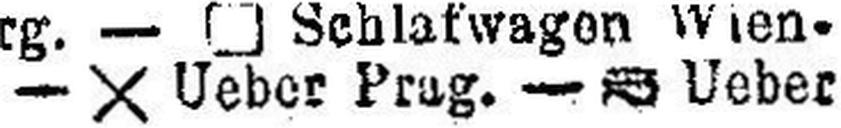
— X Ueber Prag. — ### Ueber